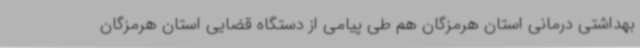
بهداشتی درمانی استان هرمزگان هم طی پیامی از دستگاه قضایی استان هرمزگان